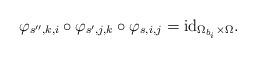
LaTeX: \begin{align*}\varphi_{s^{\prime\prime},k,i}\circ\varphi_{s^{\prime},j,k}\circ\varphi_{s,i,j}=\mathrm{id}_{\Omega_{b_{i}}\times\Omega}.\end{align*}